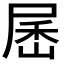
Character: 𰍾